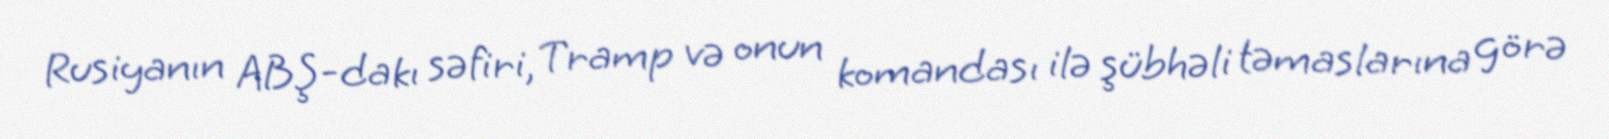
Rusiyanın ABŞ-dakı səfiri, Tramp və onun komandası ilə şübhəli təmaslarına görə